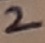
Text: 2